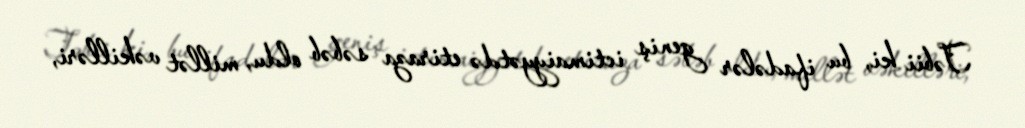
Təbii ki, bu ifadələr geniş ictimaiyyətdə etiraza səbəb oldu, millət vəkilləri,